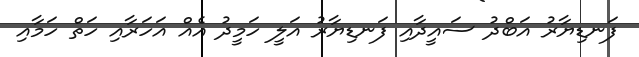
ފަނޑިޔާރު އަބްދު ސައީދާއި ފަނޑިޔާރު އަލީ ހަމީދު އެއް އަހަރާއި ހަތް ހަމާއި